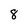
Character: 8